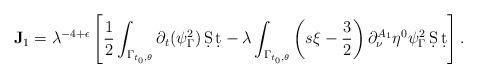
LaTeX: \begin{align*}\mathbf{J}_1 &=\lambda^{-4+\epsilon} \left[\frac{1}{2} \int_{\Gamma_{t_0, \theta}} \partial_t (\psi_\Gamma^2) \,\d S\,\d t - \lambda \int_{\Gamma_{t_0, \theta}} \left(s\xi -\frac{3}{2}\right) \partial_\nu^{A_1} \eta^0 \psi_\Gamma^2 \,\d S\,\d t \right].\end{align*}